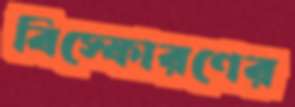
বিস্ফোরণের